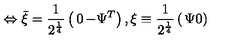
\Leftrightarrow \bar { \xi } = { \frac { 1 } { 2 ^ { \frac { 1 } { 4 } } } } \left( \begin{matrix} { 0 } & { - \Psi ^ { T } } \\ \end{matrix} \right) , \xi \equiv { \frac { 1 } { 2 ^ { \frac { 1 } { 4 } } } } \left( \begin{matrix} { \Psi } \\ { 0 } \\ \end{matrix} \right)